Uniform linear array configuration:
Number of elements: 32
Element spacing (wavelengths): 0.75
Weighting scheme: cosine
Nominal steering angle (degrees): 30
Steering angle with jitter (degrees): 29.19
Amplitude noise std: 0.05
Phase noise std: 0.05

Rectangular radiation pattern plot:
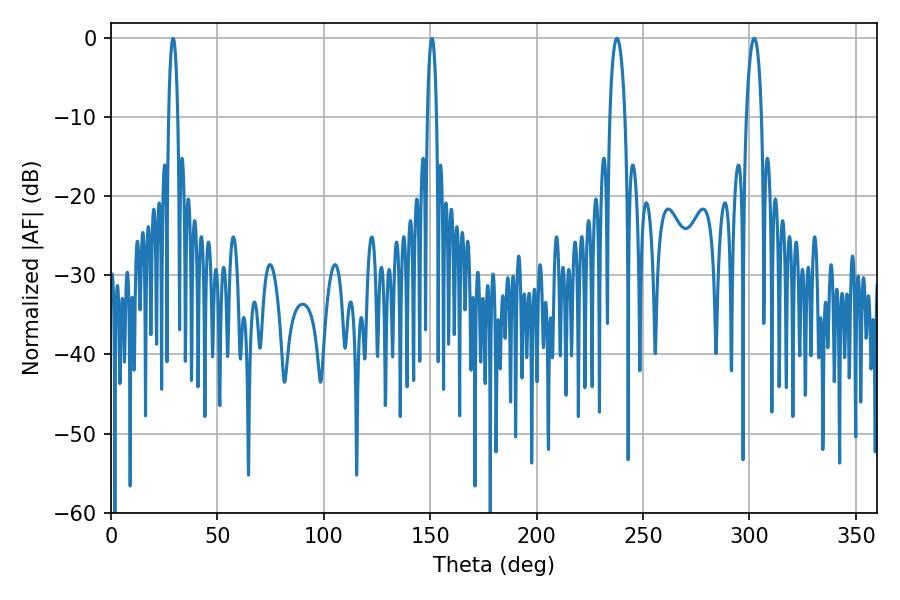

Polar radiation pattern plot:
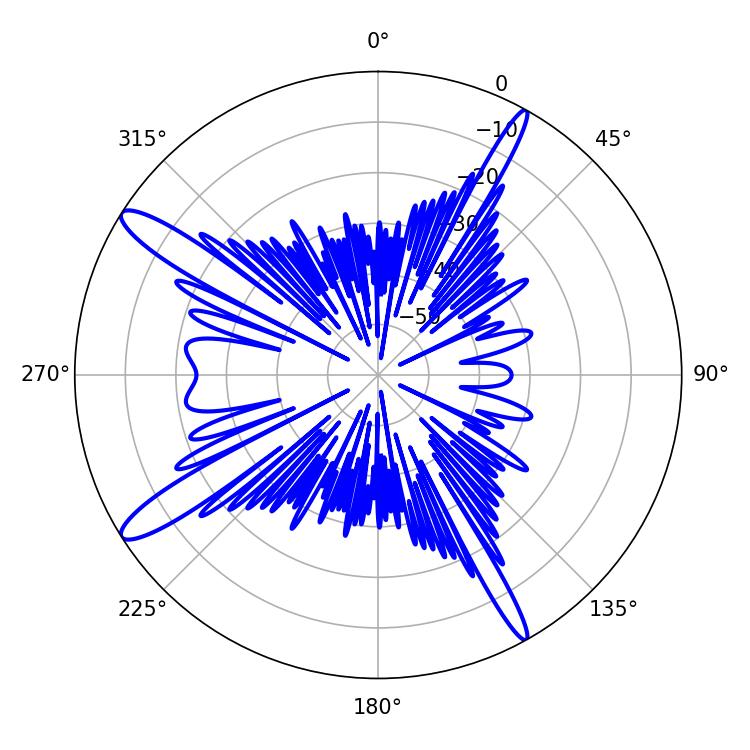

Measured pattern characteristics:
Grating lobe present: TRUE
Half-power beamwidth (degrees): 3.96
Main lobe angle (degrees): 302.22